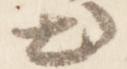
出